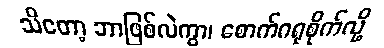
သိတော့ ဘာဖြစ်လဲကွာ၊ စောက်ဂရုစိုက်လို့